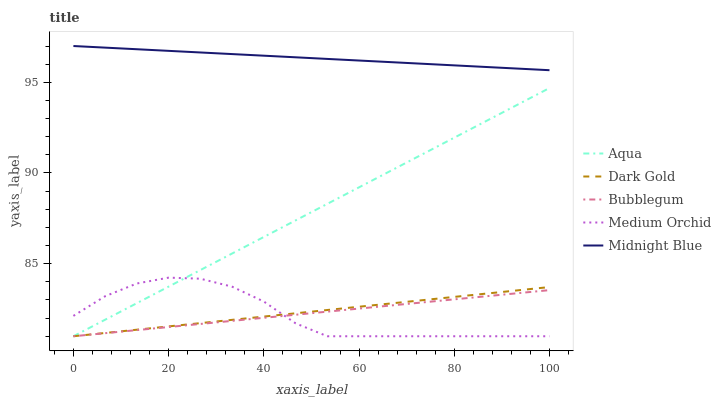
| xaxis_label | Aqua | Dark Gold | Bubblegum | Medium Orchid | Midnight Blue |
 | --- | --- | --- | --- | --- | --- |
 | 0 | 81 | 81 | 81 | 82.1 | 97 |
 | 6.67 | 81.9 | 81.2 | 81.2 | 83.2 | 96.9 |
 | 13.3 | 82.8 | 81.4 | 81.3 | 83.9 | 96.8 |
 | 20 | 83.7 | 81.5 | 81.5 | 84.2 | 96.7 |
 | 26.7 | 84.6 | 81.7 | 81.7 | 84.2 | 96.6 |
 | 33.3 | 85.6 | 81.9 | 81.8 | 83.7 | 96.6 |
 | 40 | 86.5 | 82.1 | 82 | 82.9 | 96.5 |
 | 46.7 | 87.4 | 82.3 | 82.2 | 81.7 | 96.4 |
 | 53.3 | 88.3 | 82.4 | 82.4 | 81 | 96.3 |
 | 60 | 89.2 | 82.6 | 82.5 | 81 | 96.2 |
 | 66.7 | 90.1 | 82.8 | 82.7 | 81 | 96.1 |
 | 73.3 | 91 | 83 | 82.9 | 81 | 96 |
 | 80 | 91.9 | 83.2 | 83 | 81 | 95.9 |
 | 86.7 | 92.9 | 83.4 | 83.2 | 81 | 95.8 |
 | 93.3 | 93.8 | 83.5 | 83.4 | 81 | 95.8 |
 | 100 | 94.7 | 83.7 | 83.5 | 81 | 95.7 |